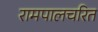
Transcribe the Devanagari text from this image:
रामपालचरित